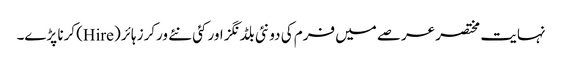
نہایت مختصر عرصے میں فرم کی دو نئی بلڈنگز اور کئی نئے ورکرز ہائر (Hire) کرنا پڑے۔